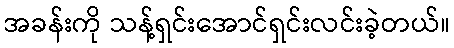
အခန်းကို သန့်ရှင်းအောင်ရှင်းလင်းခဲ့တယ်။